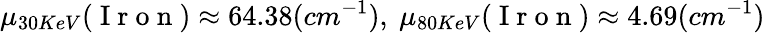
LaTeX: \mu_{30KeV}(\mathrm{~I~r~o~n~})\approx 64.38(cm^{-1}),~\mu_{80KeV}(\mathrm{~I~r~o~n~})\approx 4.69(cm^{-1})